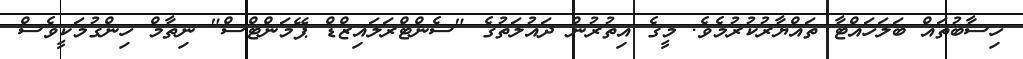
ހިސާބުތައް ބަލަހައްޓާ ތައްޔާރުކުރުމެވެ. މީގެ އިތުރުން ދައުލަތުގެ "ސެންޓްރަލައިޒްޑް ޕޭމަންޓްސް" ނިޡާމް ހިންގުމަކީވެސް